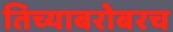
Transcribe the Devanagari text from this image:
तिच्याबरोबरच